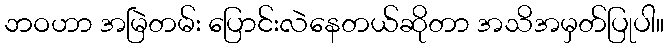
ဘဝဟာ အမြဲတမ်း ပြောင်းလဲနေတယ်ဆိုတာ အသိအမှတ်ပြုပါ။